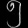
Digit: ၅